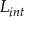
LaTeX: L _ { i n t }